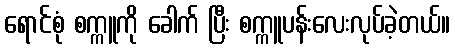
ရောင်စုံ စက္ကူကို ခေါက် ပြီး စက္ကူပန်းလေးလုပ်ခဲ့တယ်။